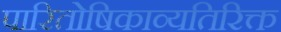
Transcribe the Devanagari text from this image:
पारितोषिकाव्यतिरिक्त